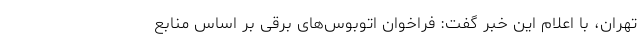
تهران، با اعلام این خبر گفت: فراخوان اتوبوس‌های برقی بر اساس منابع